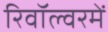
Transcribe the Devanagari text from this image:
रिवॉल्वरमें